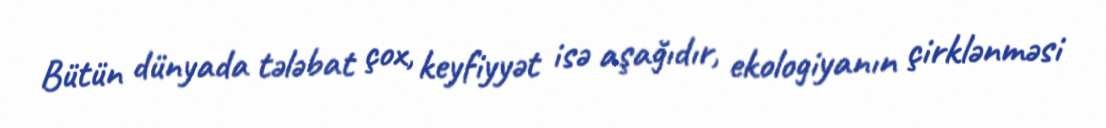
Bütün dünyada tələbat çox, keyfiyyət isə aşağıdır, ekologiyanın çirklənməsi